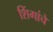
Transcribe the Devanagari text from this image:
शिंगांचे